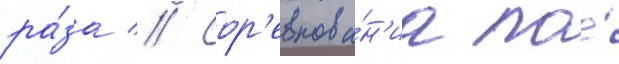
ра́за // Сор'евнова́н'иа по́